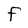
Character: F